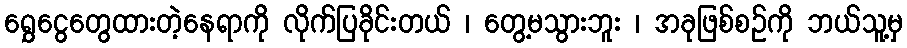
ရွှေငွေတွေထားတဲ့နေရာကို လိုက်ပြခိုင်းတယ် ၊ တွေ့မသွားဘူး ၊ အခုဖြစ်စဥ်ကို ဘယ်သူ့မှ